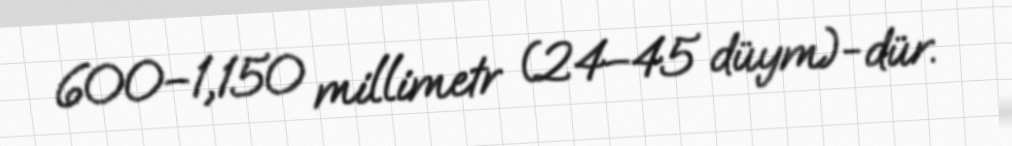
600–1,150 millimetr (24–45 düym)-dür.